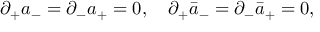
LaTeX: \partial _ { + } a _ { - } = \partial _ { - } a _ { + } = 0 , \quad \partial _ { + } \bar { a } _ { - } = \partial _ { - } \bar { a } _ { + } = 0 ,